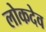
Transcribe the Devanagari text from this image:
लोकदेव